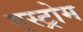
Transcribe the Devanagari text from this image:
एस्ट्रोम